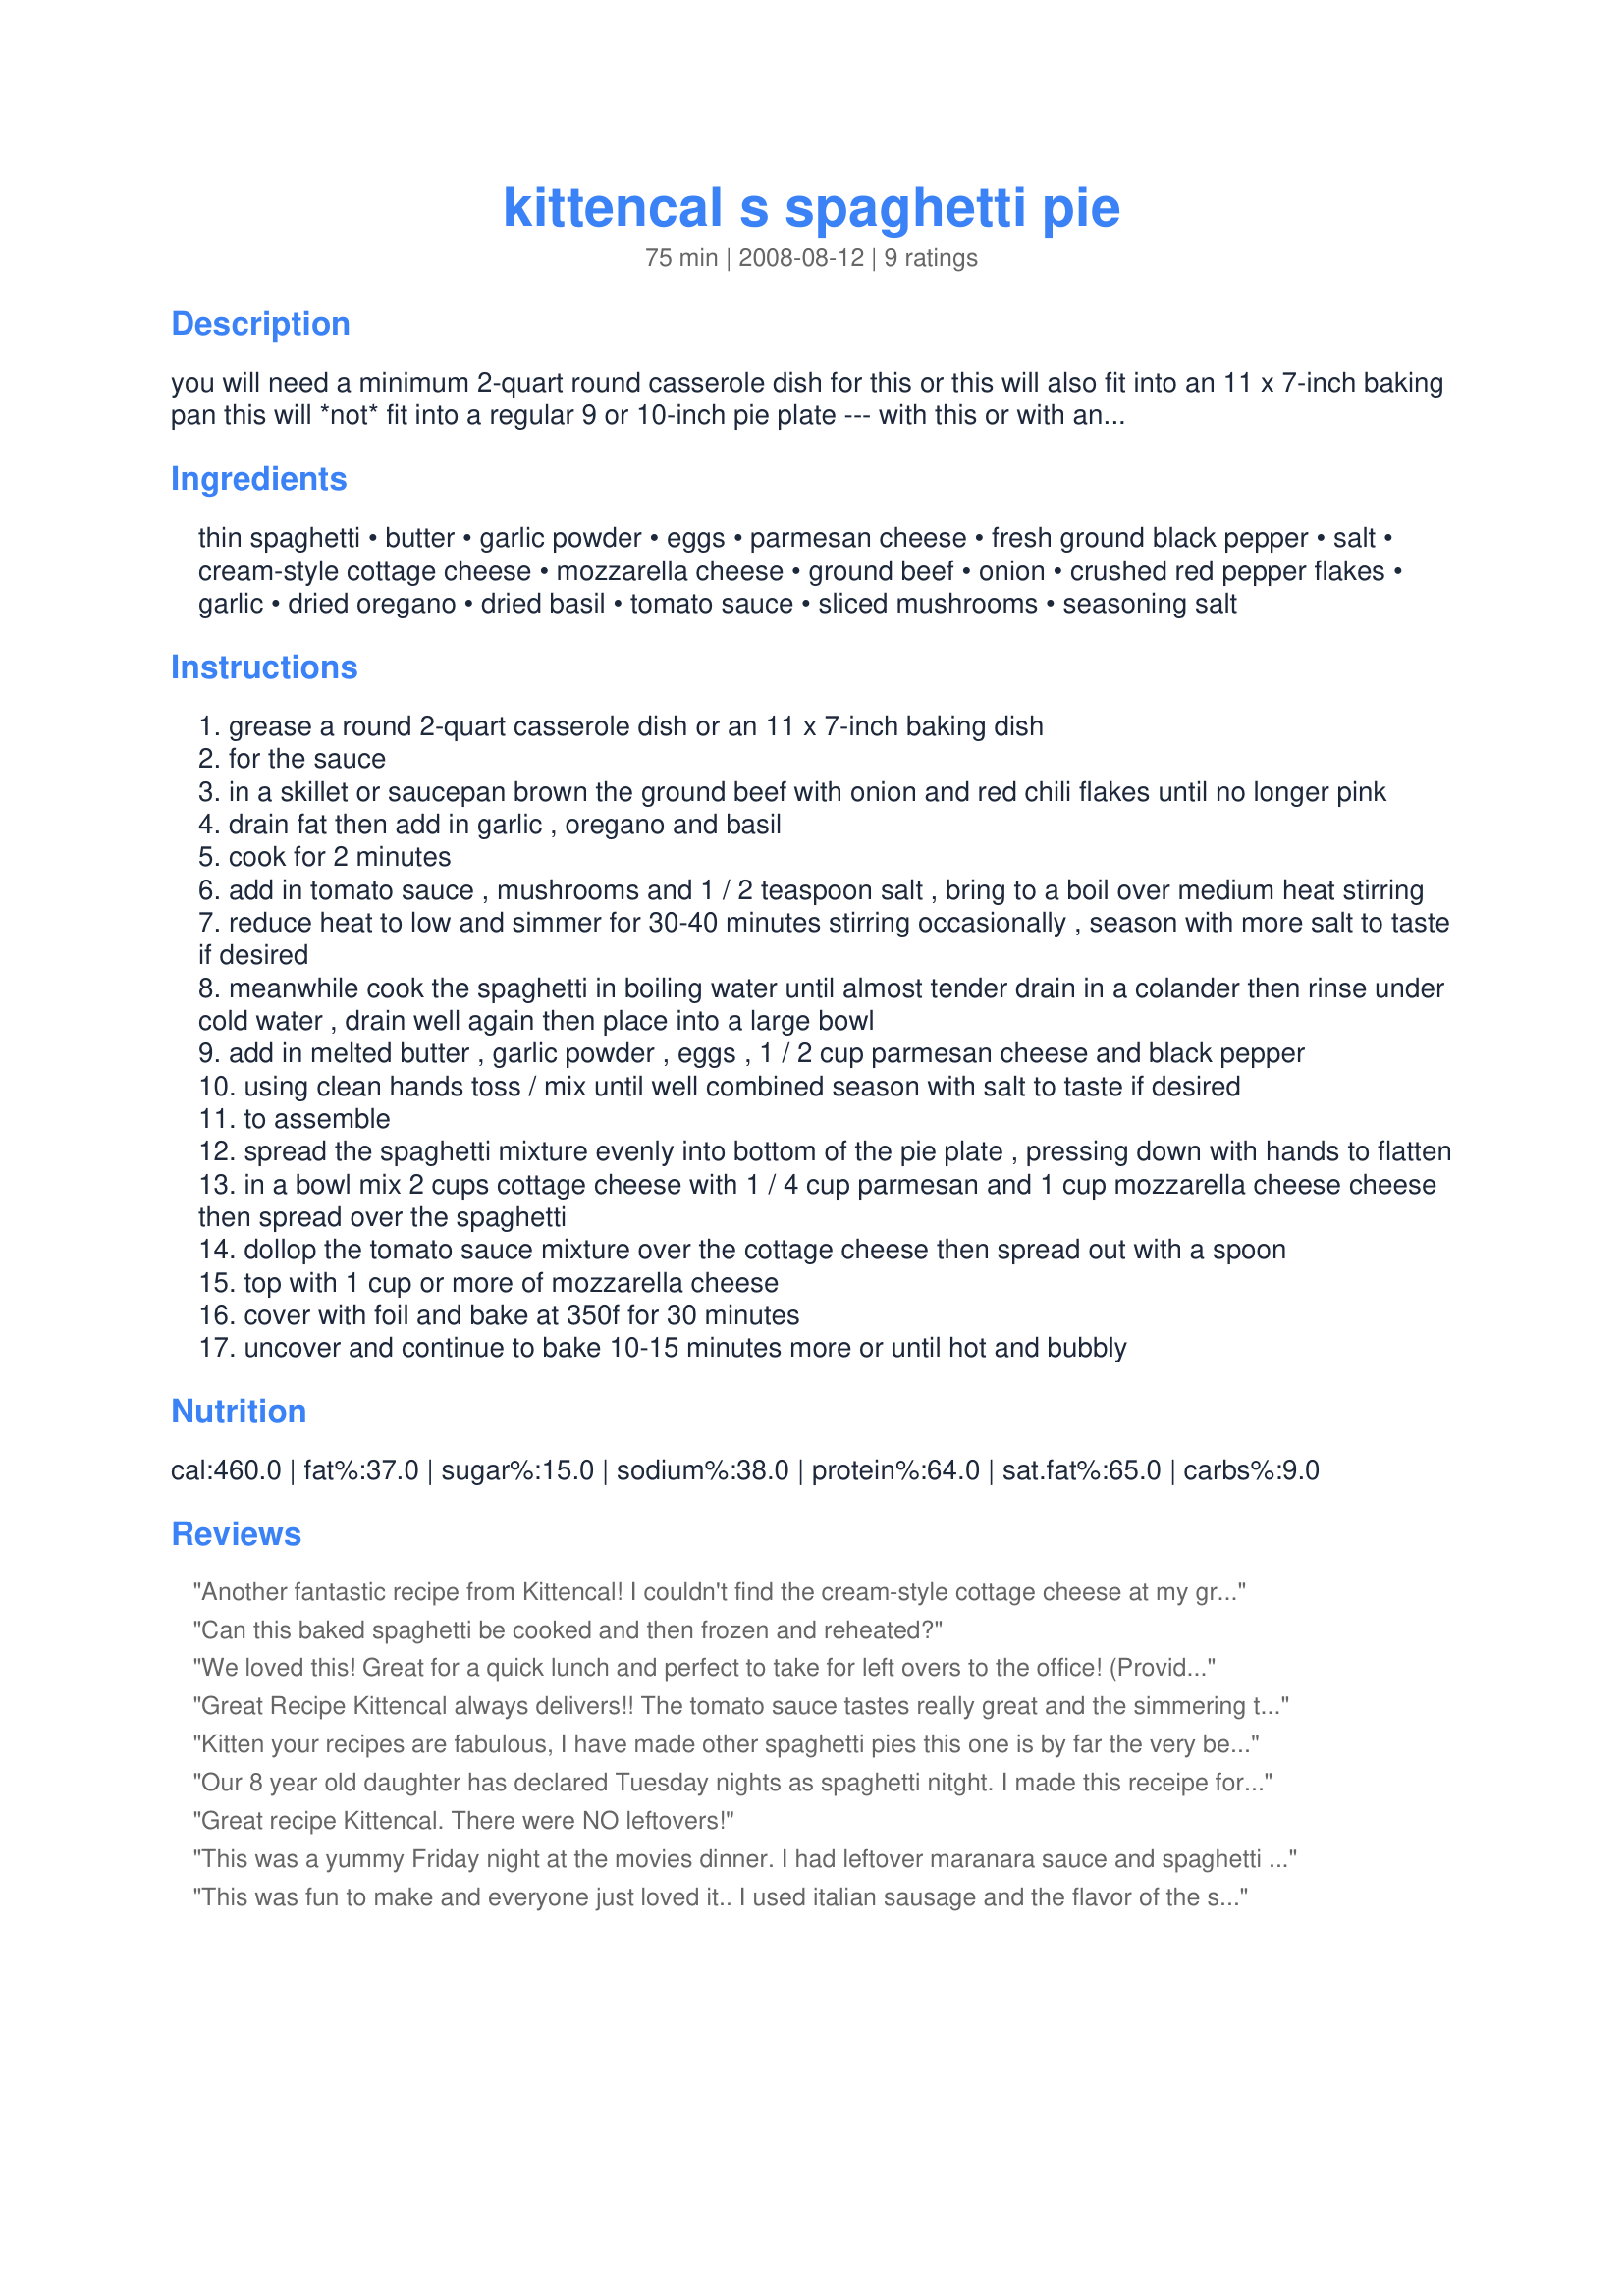
kittencal s spaghetti pie
Preparation time: 75 minutes

you will need a minimum 2-quart round casserole dish for this or this will also fit into an 11 x 7-inch baking pan this will *not* fit into a regular 9 or 10-inch pie plate --- with this or with any recipe made from scratch preparation time takes a little extra effort, to save some time and to blend the flavors prepare the tomato sauce mixture up to a day in advance and refrigerate until ready to use --- substituting prepared pasta sauce for the tomato sauce will not produce the best results i would strongly recommend using only tomato sauce, this recipe was tested both ways and the tomato sauce version was the best! --- note this also may be made without the cottage cheese filling by placing the sauce directly over the spaghetti top with mozzarella cheese and reducing the baking time only slightly

Ingredients:
thin spaghetti, butter, garlic powder, eggs, parmesan cheese, fresh ground black pepper, salt, cream-style cottage cheese, mozzarella cheese, ground beef, onion, crushed red pepper flakes, garlic, dried oregano, dried basil, tomato sauce, sliced mushrooms, seasoning salt

Steps:
grease a round 2-quart casserole dish or an 11 x 7-inch baking dish
for the sauce
in a skillet or saucepan brown the ground beef with onion and red chili flakes until no longer pink
drain fat then add in garlic , oregano and basil
cook for 2 minutes
add in tomato sauce , mushrooms and 1 / 2 teaspoon salt , bring to a boil over medium heat stirring
reduce heat to low and simmer for 30-40 minutes stirring occasionally , season with more salt to taste if desired
meanwhile cook the spaghetti in boiling water until almost tender drain in a colander then rinse under cold water , drain well again then place into a large bowl
add in melted butter , garlic powder , eggs , 1 / 2 cup parmesan cheese and black pepper
using clean hands toss / mix until well combined season with salt to taste if desired
to assemble
spread the spaghetti mixture evenly into bottom of the pie plate , pressing down with hands to flatten
in a bowl mix 2 cups cottage cheese with 1 / 4 cup parmesan and 1 cup mozzarella cheese cheese then spread over the spaghetti
dollop the tomato sauce mixture over the cottage cheese then spread out with a spoon
top with 1 cup or more of mozzarella cheese
cover with foil and bake at 350f for 30 minutes
uncover and continue to bake 10-15 minutes more or until hot and bubbly

Reviews:
Another fantastic recipe from Kittencal! I couldn't find the cream-style cottage cheese at my grocer so used Ricotta cheese instead. It was great...even the leftovers got eaten!
Can this baked spaghetti be cooked and then frozen and reheated?
We loved this! Great for a quick lunch and perfect to take for left overs to the office! (Providing there are left overs!) I used a small red onion and 1/2 of a chopped green pepper in the sauce. Fantastic!!!! Thank you for posting this great recipe Kitten! Made in honor of John for Kittencal Cookathon.
Great Recipe Kittencal always delivers!! The tomato sauce tastes really great and the simmering time is well worth it. The only change I made was to add fresh herbs at the end. I also omitted the mushrooms my husband has an aversion to them.<br/>Thank You
Kitten your recipes are fabulous, I have made other spaghetti pies this one is by far the very best, I listened to you an used only tomato sauce, I wish I could rate this more than 5 stars, simply outstanding,thank you for yet another winner kit.
Our 8 year old daughter has declared Tuesday nights as spaghetti nitght. I made this receipe for a different take on the normal spaghetti. It was Fabulous!! Thank you for a great recipe.
Great recipe Kittencal. There were NO leftovers!
This was a yummy Friday night at the movies dinner. I had leftover maranara sauce and spaghetti so this was an easy to make and bake. I browned the beef then add some extra seasonings, adding 2 heaping ladles full of premade maranar to equal a little over 2 cups and it worked out wonderfully. Thank you Carol for posting this yummy creation. Shirl
This was fun to make and everyone just loved it.. I used italian sausage and the flavor of the sauce was so good.
